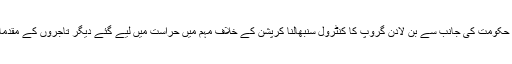
تاہم ابھی یہ واضح نہیں ہے کہ حکومت کی جانب سے بن لادن گروپ کا کنٹرول سنبھالنا کرپشن کے خلاف مہم میں حراست میں لیے گئے دیگر تاجروں کے مقدمات کے لیے مثال قائم کرے گا۔